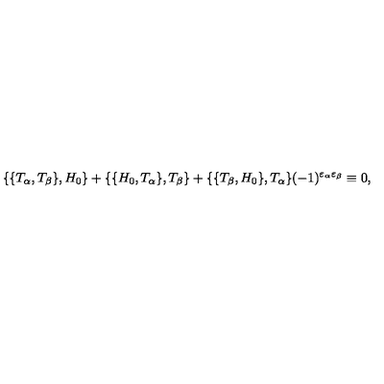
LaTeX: \{ \{ T _ { \alpha } , T _ { \beta } \} , H _ { 0 } \} + \{ \{ H _ { 0 } , T _ { \alpha } \} , T _ { \beta } \} + \{ \{ T _ { \beta } , H _ { 0 } \} , T _ { \alpha } \} ( - 1 ) ^ { \varepsilon _ { \alpha } \varepsilon _ { \beta } } \equiv 0 ,